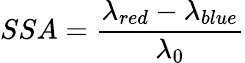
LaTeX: SSA=\frac{\lambda_{red}-\lambda_{blue}}{\lambda_{0}}